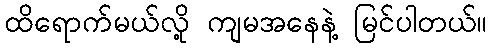
ထိရောက်မယ်လို့ ကျမအနေနဲ့ မြင်ပါတယ်။